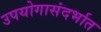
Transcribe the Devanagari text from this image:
उपयोगासंदर्भात